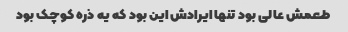
طعمش عالی بود تنها ایرادش این بود که یه ذره کوچک بود